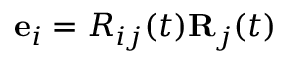
{ \bf e } _ { i } = R _ { i j } ( t ) { \bf R } _ { j } ( t )